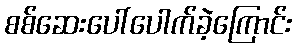
စစ်ဆေးပေါ်ပေါက်ခဲ့ကြောင်း